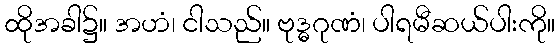
ထိုအခါ၌။ အဟံ၊ ငါသည်။ ဗုဒ္ဓဂုဏံ၊ ပါရမီဆယ်ပါးကို။